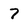
Character: 7